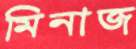
মিনাজ